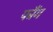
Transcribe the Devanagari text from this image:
फौंग